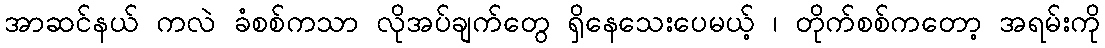
အာဆင်နယ် ကလဲ ခံစစ်ကသာ လိုအပ်ချက်တွေ ရှိနေသေးပေမယ့် ၊ တိုက်စစ်ကတော့ အရမ်းကို